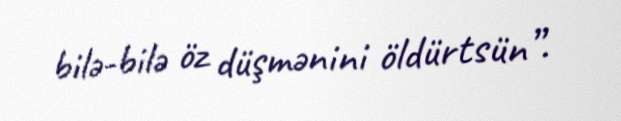
bilə-bilə öz düşmənini öldürtsün”.